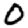
Digit: 0